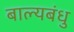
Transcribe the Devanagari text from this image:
बाल्यबंधु